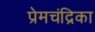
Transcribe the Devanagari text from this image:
प्रेमचंद्रिका